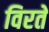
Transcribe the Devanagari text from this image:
विरते